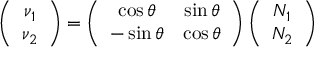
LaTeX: \left( \begin{array} { c } { { \nu _ { 1 } } } \\ { { \nu _ { 2 } } } \end{array} \right) = \left( \begin{array} { c c } { { \cos \theta } } & { { \sin \theta } } \\ { { - \sin \theta } } & { { \cos \theta } } \end{array} \right) \left( \begin{array} { c } { { N _ { 1 } } } \\ { { N _ { 2 } } } \end{array} \right)